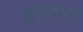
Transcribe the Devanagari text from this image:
झुडपांना